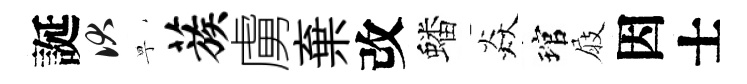
誕伏寧蔟虜棄改蟠焱琯屐因士